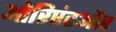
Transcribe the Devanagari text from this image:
ओरिएंटऔर